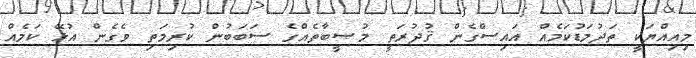
މިއިއްޔަކީ ތަދުމަޑުކަމެއް އައިސްގެން ޤުދުރަތީ މުޞީބާތެއްގެ ސަބަބުން ކުރިމަތި ވެގެން އުޅޭ ކަމެއް